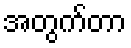
အတွက်တာ